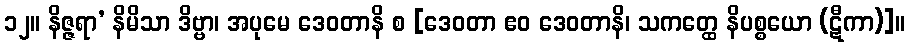
၁၂။ နိဇ္ဇရာ’ နိမိသာ ဒိဗ္ဗာ၊ အပုမေ ဒေဝတာနိ စ [ဒေဝတာ ဧဝ ဒေဝတာနိ၊ သကတ္ထေ နိပစ္စယော (ဋီကာ)]။